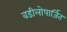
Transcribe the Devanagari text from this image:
वडीलोपार्जित